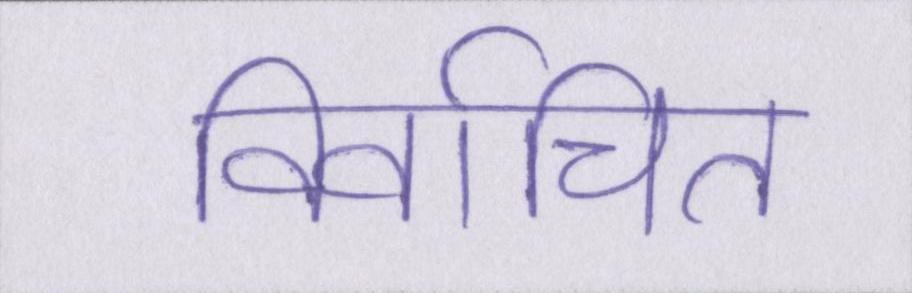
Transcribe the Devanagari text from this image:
निर्वाचित